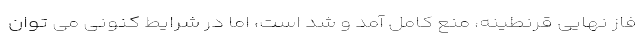
فاز نهایی قرنطینه، منع کامل آمد و شد است، اما در شرایط کنونی می توان